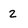
Character: 2